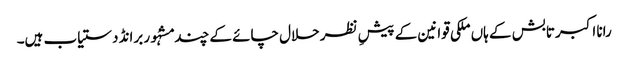
رانا اکبر تابش کے ہاں ملکی قوانین کے پیشِ نظر حلال چائے کے چند مشہُور برانڈ دستیاب ہیں۔